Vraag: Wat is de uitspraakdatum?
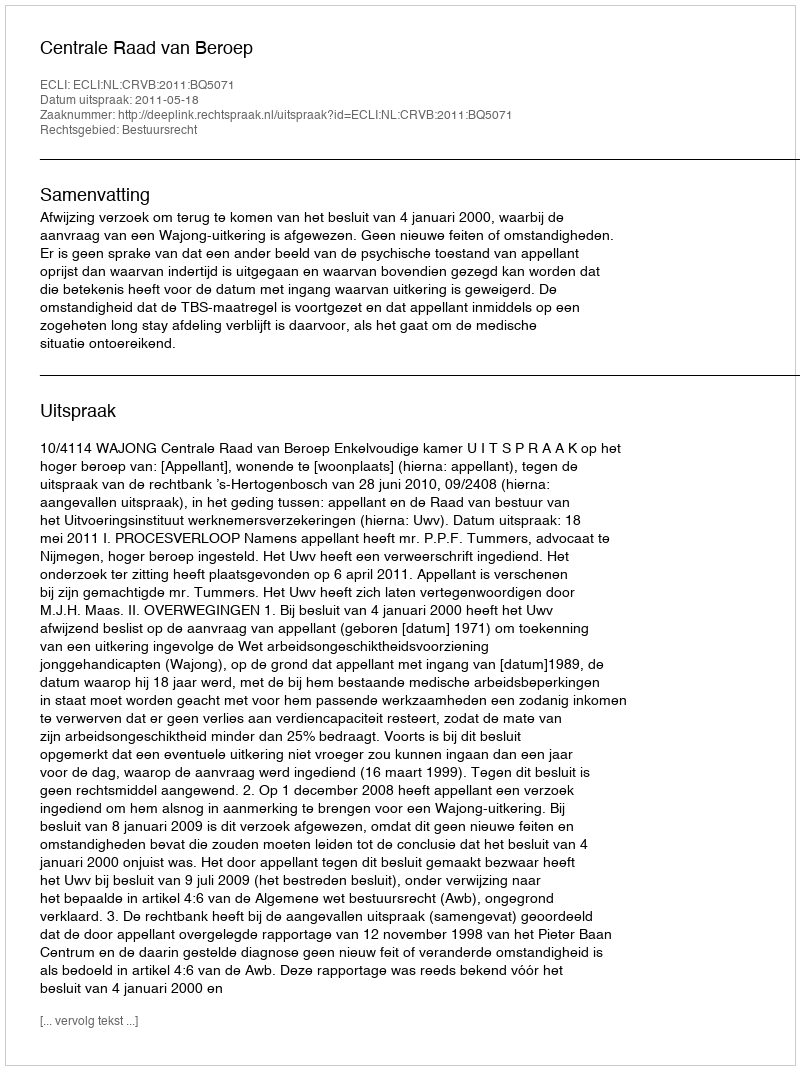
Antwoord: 2011-05-18